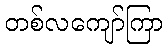
တစ်လကျော်ကြာ